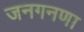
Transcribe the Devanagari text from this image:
जनगनणा